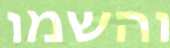
והשמו